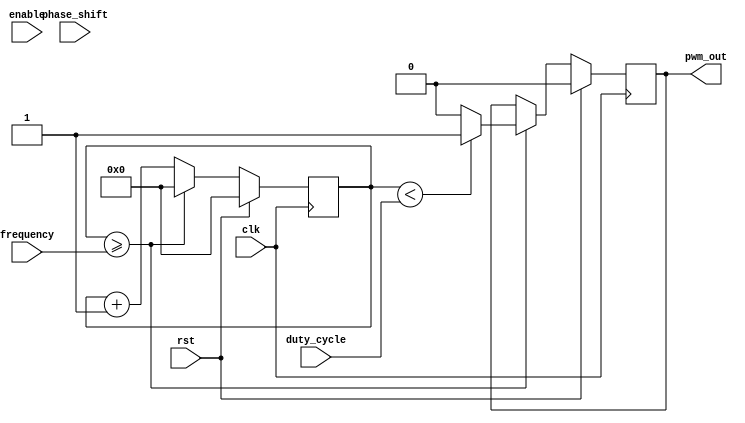
module pwm_pulse_generator (
    input wire clk,
    input wire rst,
    input wire enable,
    input wire [7:0] duty_cycle,
    input wire [15:0] frequency,
    input wire [15:0] phase_shift,
    output reg pwm_out
);

reg [15:0] counter;

always @(posedge clk) begin
    if (rst) begin
        counter <= 16'b0;
        pwm_out <= 1'b0;
    end else begin
        counter <= counter + 1;
        if (counter >= frequency) begin
            counter <= 0;
            pwm_out <= (counter < duty_cycle) ? 1'b1 : 1'b0;
        end
    end
end

endmodule